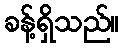
ခန့်ရှိသည်။